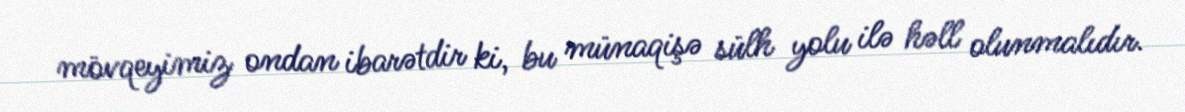
mövqeyimiz ondan ibarətdir ki, bu münaqişə sülh yolu ilə həll olunmalıdır.